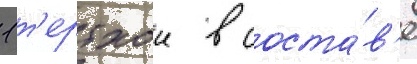
1 т'ертхои в соста́в'е